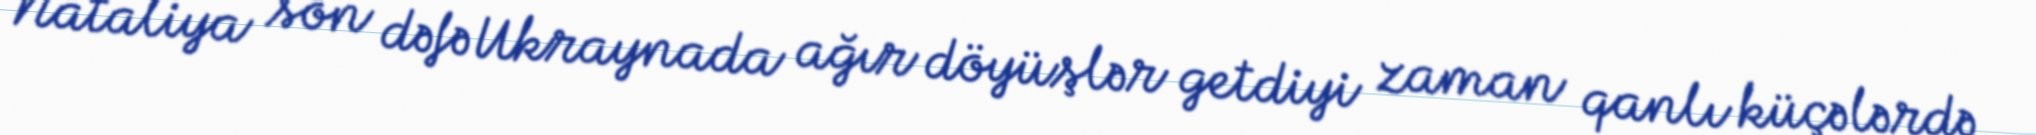
Nataliya son dəfə Ukraynada ağır döyüşlər getdiyi zaman qanlı küçələrdə